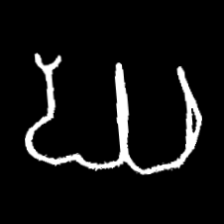
Pyu character \u2014 Myanmar letter: ဃ (romanized: gha)